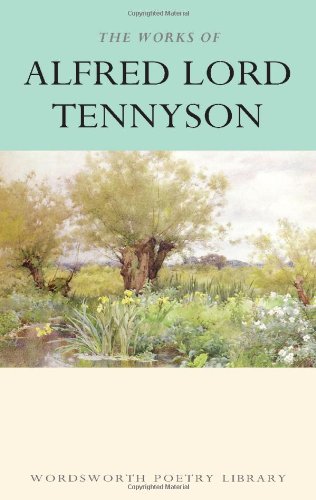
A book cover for The Works of Alfred Lord Tennyson; Alfred Tennyson; Literature & Fiction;